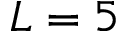
L = 5